Report of the Municipal Commissioner on the plague in Bombay for the year ending 31st May... - Volume 3
Disease focus: Plague
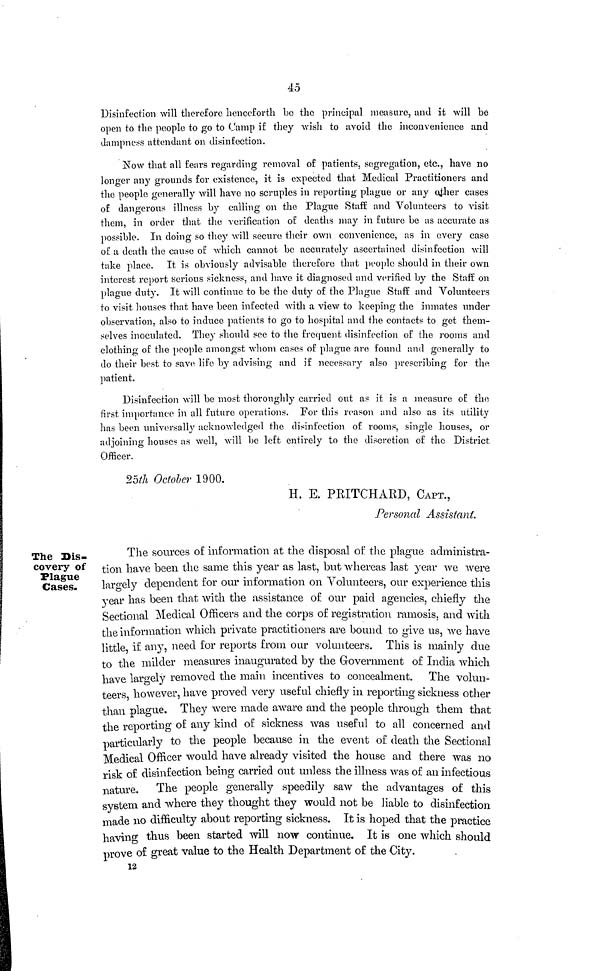
45
Disinfection will therefore henceforth he the principal measure, and it will he
open to the people to go to Camp if they wish to avoid the inconvenience and
dampness attendant on disinfection.
Now that all fears regarding removal of patients, segregation, etc., have no
longer any grounds for existence, it is expected that Medical Practitioners and
the people generally will have no scruples in reporting plague or any other cases
of dangerous illness by calling on the Plague Staff and Volunteers to visit
them, in order that the verification of deaths may in future he as accurate as
possible. In doing so they will secure their own convenience, as in every case
of a death the cause of which cannot be accurately ascertained disinfection will
take place. It is obviously advisable therefore that people should in their own
interest report serious sickness, and have it diagnosed and verified by the Staff on
plague duty. It will continue to be the duty of the Plague Staff and Volunteers
to visit houses that have been infected with a view to keeping the inmates under
observation, also to induce patients to go to hospital and the contacts to get them-
selves inoculated. They should see to the frequent disinfection of the rooms and
clothing of the people amongst whom cases of plague are found and generally to
do their best to save life by advising and if necessary also prescribing for the
patient.
Disinfection will be most thoroughly carried out as it is a measure of the
first importance in all future operations. For this reason and also as its utility
has been universally acknowledged the disinfection of rooms, single houses, or
adjoining houses as well, will be left entirely to the discretion of the District
Officer.
25th October 1900.
H. E. PRITCHARD, CAPT.,
Personal Assistant.
The Dis-
covery of
Plague
Cases.
The sources of information at the disposal of the plague administra-
tion have been the same this year as last, but whereas last year we were
largely dependent for our information on Volunteers, our experience this
year has been that with the assistance of our paid agencies, chiefly the
Sectional Medical Officers and the corps of registration ramosis, and with
the information which private practitioners are bound to give us, we have
little, if any, need for reports from our volunteers. This is mainly due
to the milder measures inaugurated by the Government of India which
have largely removed the main incentives to concealment. The volun-
teers, however, have proved very useful chiefly in reporting sickness other
than plague. They were made aware and the people through them that
the reporting of any kind of sickness was useful to all concerned and
particularly to the people because in the event of death the Sectional
Medical Officer would have already visited the house and there was no
risk of disinfection being carried out unless the illness was of an infectious
nature. The people generally speedily saw the advantages of this
system and where they thought they would not be liable to disinfection
made no difficulty about reporting sickness. It is hoped that the practice
having thus been started will now continue. It is one which should
prove of great value to the Health Department of the City.
12